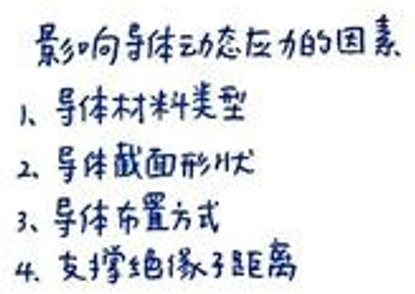
影响导体动态应力的因素
1. 导体材料类型
2. 导体截面形状
3. 导体布置方式
4. 支撑绝缘子距离